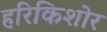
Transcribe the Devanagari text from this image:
हरिकिशोर